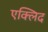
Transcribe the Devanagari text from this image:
एक्लिद